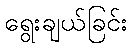
ရွေးချယ်ခြင်း